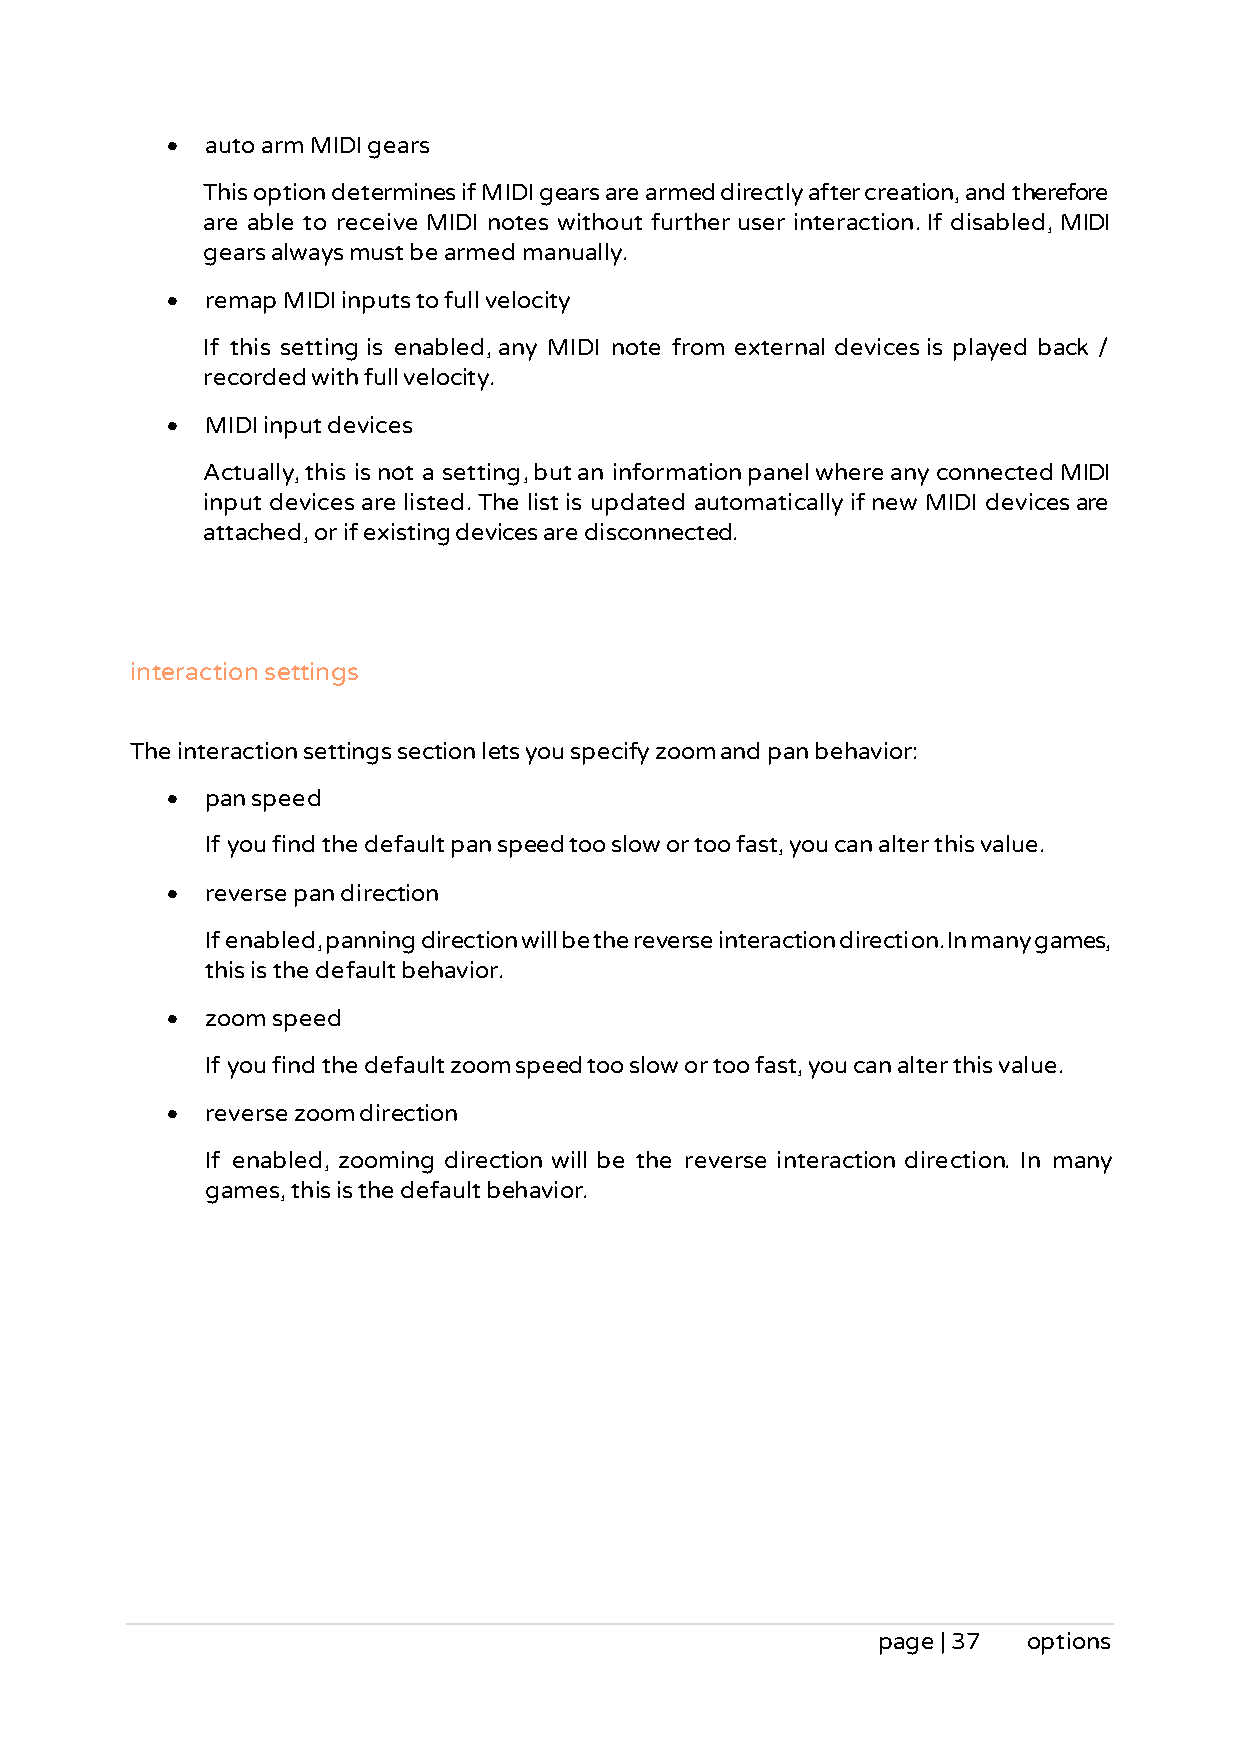
•  auto arm MIDI gears
 This option determines if MIDI gears are armed directly after creation, and therefore
 are able to receive MIDI notes without further user interaction. If disabled, MIDI
 gears always must be armed manually.
 •  remap MIDI inputs to full velocity
 If this setting is enabled, any MIDI note from external devices is played back /
 recorded with full velocity.
 •  MIDI input devices
 Actually, this is not a setting, but an information panel where any connected MIDI
 input devices are listed. The list is updated automatically if new MIDI devices are
 attached, or if existing devices are disconnected.
 interaction settings
 The interaction settings section lets you specify zoom and pan behavior:
 •  pan speed
 If you find the default pan speed too slow or too fast, you can alter this value.
 •  reverse pan direction
 If enabled, panning direction will be the reverse interaction direction. In many games,
 this is the default behavior.
 •  zoom speed
 If you find the default zoom speed too slow or too fast, you can alter this value.
 •  reverse zoom direction
 If enabled, zooming direction will be the reverse interaction direction. In many
 games, this is the default behavior.
 page | 37 options